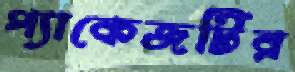
প্যাকেজটির